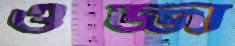
ওজ্জা